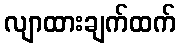
လျာထားချက်ထက်